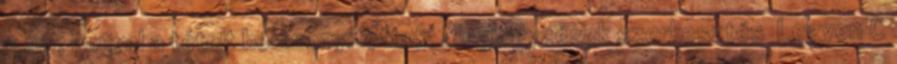
= a0, amivel a tételt bebizonyítottuk. Megjegyzések szerkesztés Legyen C